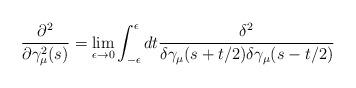
LaTeX: \begin{align*}\frac{\partial ^2}{\partial \gamma _\mu ^2 (s)} = \lim_{\epsilon \rightarrow 0}\int_{-\epsilon }^{\epsilon }dt\frac{\delta ^2 }{\delta \gamma _\mu(s + t/2)\delta \gamma _\mu (s - t/2)}\end{align*}